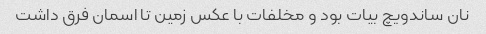
نان ساندویچ بیات بود و مخلفات با عکس زمین تا اسمان فرق داشت